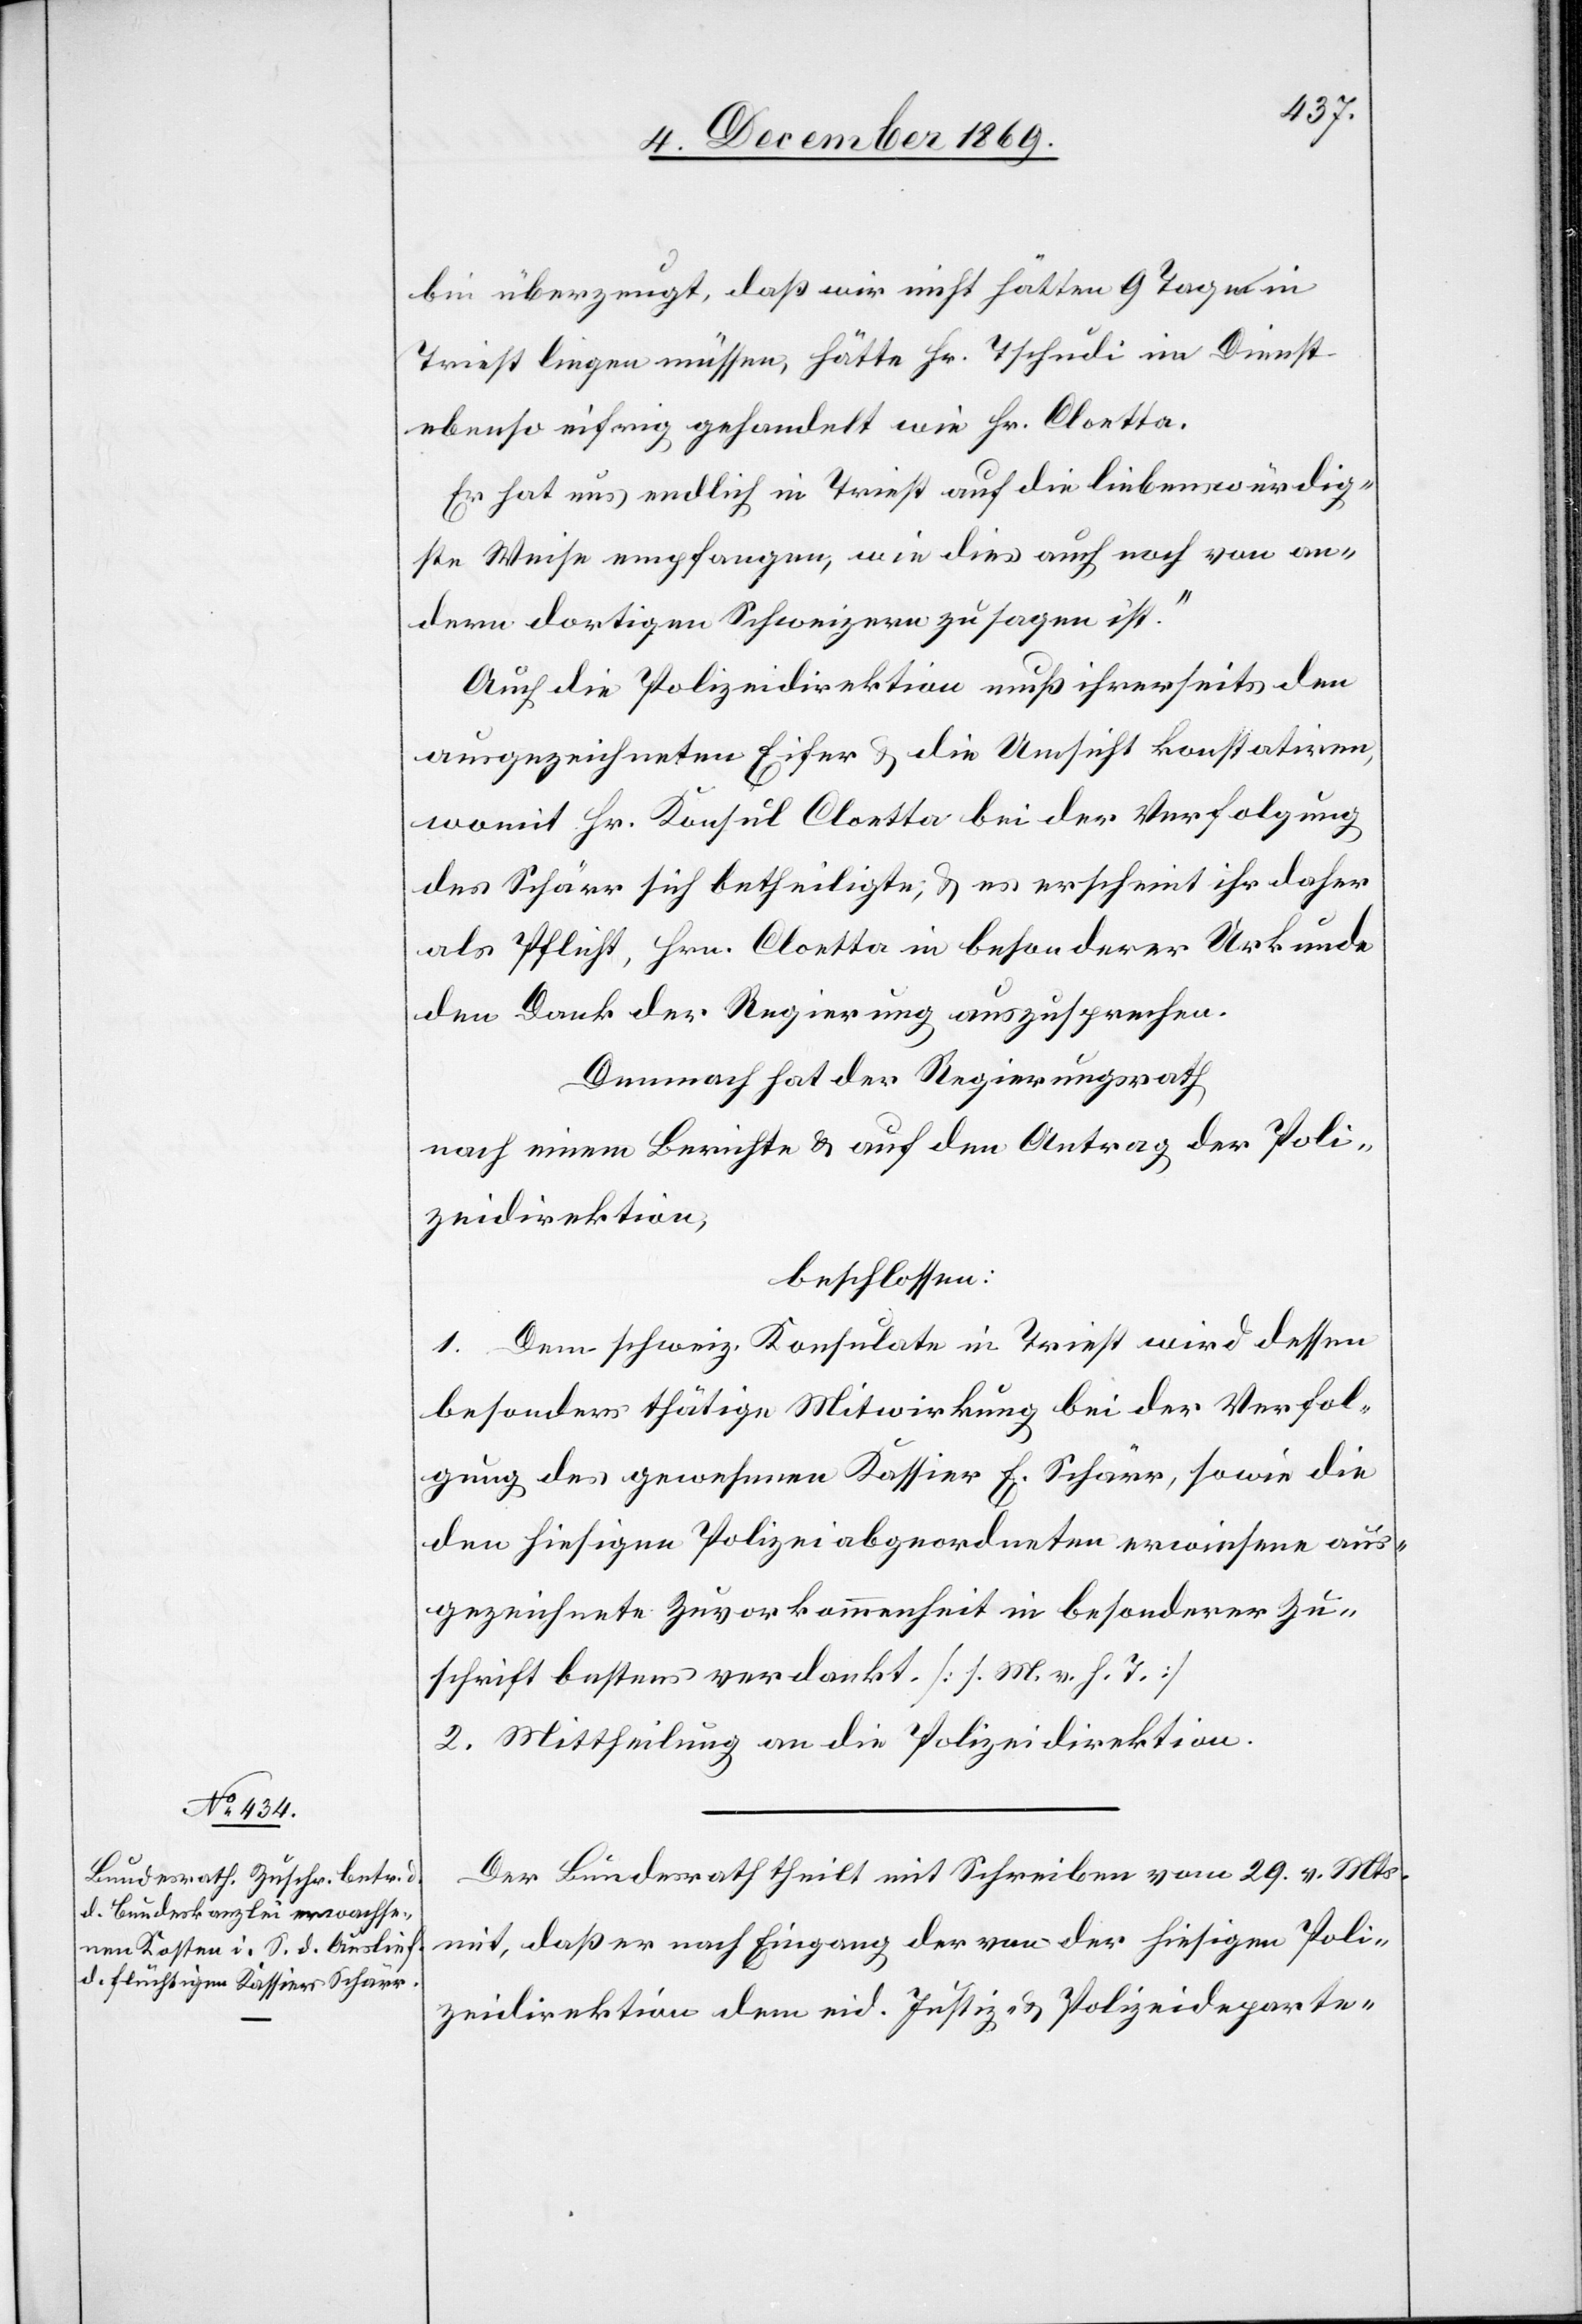
bin überzeugt, daß wir nicht hätten 9 Tage in
Triest liegen müssen, hätte Hr. Tschudi im Dienst
ebenso eifrig gehandelt wie Hr. Cloetta.
Er hat uns endlich in Triest auf die liebenswürdig¬
ste Weise empfangen, wie dies auch noch von an¬
dern dortigen Schweizern zu sagen ist.“
Auch die Polizeidirektion muß ihrerseits den
ausgezeichneten Eifer & die Umsicht konstatiren,
womit Hr. Konsul Cloetta bei der Verfolgung
des Schärr sich betheiligte, & es erscheint ihr daher
als Pflicht, Hrn. Cloetta in besonderer Urkunde
den Dank der Regierung auszusprechen.
Demnach hat der Regierungsrath
nach einem Berichte & auf den Antrag der Poli¬
zeidirektion,
beschlossen:
1. Dem schweiz. Konsulate in Triest wird dessen
besonders thätige Mitwirkung bei der Verfol¬
gung des gewesenen Kassier E. Schärr, sowie die
den hiesigen Polizeiabgeordneten erwiesene aus¬
gezeichnete Zuvorkommenheit in besonderer Zu¬
schrift bestens verdankt [s. M. v. h. T.]
2. Mittheilung an die Polizeidirektion.
Der Bundesrath theilt mit Schreiben vom 29. v. Mts.
mit, daß er nach Eingang der von der hiesigen Poli¬
zeidirektion dem eid. Justiz- & Polizeideparte-